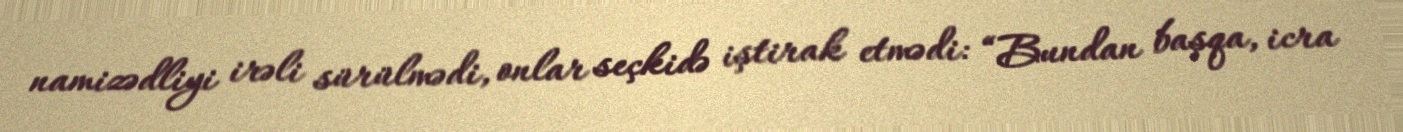
namizədliyi irəli sürülmədi, onlar seçkidə iştirak etmədi: “Bundan başqa, icra